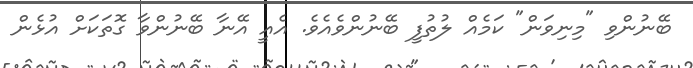
ބޭނުންވި "މިނިވަން" ކަމެއް ލުތުފީ ބޭނުންވެއެވެ. އެއީ އޭނާ ބޭނުންވާ ގޮތަކަށް އުޅެން